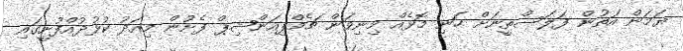
ޔަމަން އަތުން ފަލަސްތީނަށް ހަނި މޮޅެއް މިނިވަން ޗެމްޕިއަންޝިޕް ފެށުން މިއަދު ކުޅުދުއްފުށީގައި